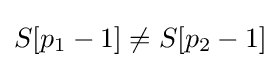
S[p_{1}-1]\neq S[p_{2}-1]